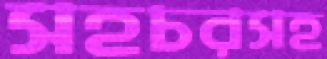
সহচরসহ